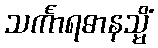
သင်္ကာရဓာနသ္မိံ